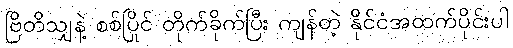
ဗြိတိသျှနဲ့ စစ်ပြိုင် တိုက်ခိုက်ပြီး ကျန်တဲ့ နိုင်ငံအထက်ပိုင်းပါ